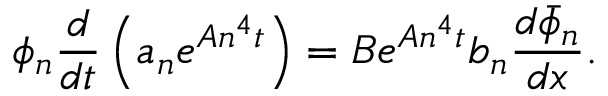
\phi _ { n } \frac { d } { d t } \left( a _ { n } e ^ { A n ^ { 4 } t } \right) = B e ^ { A n ^ { 4 } t } b _ { n } \frac { d \bar { \phi } _ { n } } { d x } .